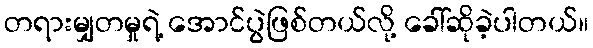
တရားမျှတမှုရဲ့ အောင်ပွဲဖြစ်တယ်လို့ ခေါ်ဆိုခဲ့ပါတယ်။